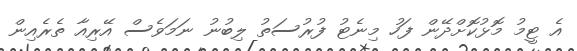
އެ ޓީމު މޮޅުކޮށްދޭން ފަހު މިނެޓު ފުރުސަތު ލިބުނު ނަމަވެސް އޭރިއާ ތެރެއިން